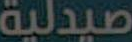
صيدلية